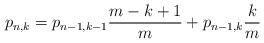
LaTeX: \begin{align*}p_{n,k}=p_{n-1,k-1}\frac{m-k+1}{m}+p_{n-1,k}\frac{k}{m}\end{align*}